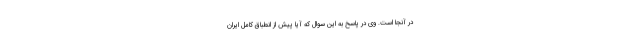
در آنجا است. وی در پاسخ به این سوال که آیا پیش از انطباق کامل ایران